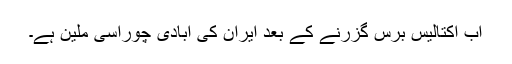
اب اکتالیس برس گزرنے کے بعد ایران کی آبادی چوراسی ملین ہے۔